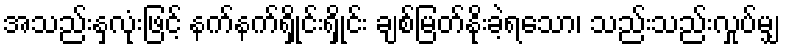
အသည်းနှလုံးဖြင့် နက်နက်ရှိုင်းရှိုင်း ချစ်မြတ်နိုးခဲ့ရသော၊ သည်းသည်းလှုပ်မျှ